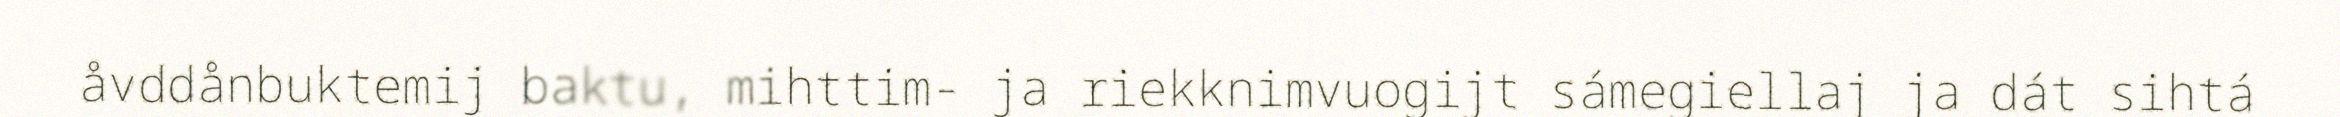
åvddånbuktemij baktu, mihttim- ja riekknimvuogijt sámegiellaj ja dát sihtá